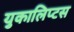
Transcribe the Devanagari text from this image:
युकालिप्टस